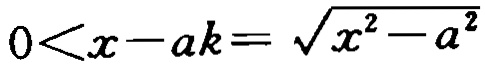
\(0<x - ak=\sqrt{x^{2}-a^{2}}\)